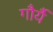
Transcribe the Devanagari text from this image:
गौर्यै